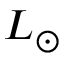
L _ { \odot }